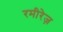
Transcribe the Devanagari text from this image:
रमीरेज़